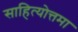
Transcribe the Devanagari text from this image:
साहित्योत्तमा